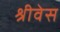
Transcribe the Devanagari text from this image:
श्रीवेस